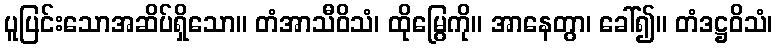
ပူပြင်းသောအဆိပ်ရှိသော။ တံအာသီဝိသံ၊ ထိုမြွေကို။ အာနေတွာ၊ ခေါ်၍။ တံဒဋ္ဌဝိသံ၊